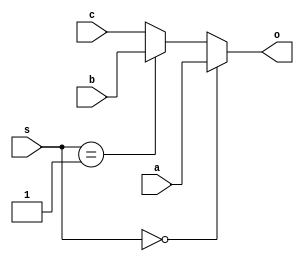
`timescale 1ns / 1ps
module mux (a, b, c,  s, o);
        input        a, b, c ;
        input  [1:0] s;
        output       o;
        reg          o;
        always @(a or b or c  or s)
        begin
           if (s == 2'b00)
              o = a;
           else if (s == 2'b01)
              o = b;
           else if (s == 2'b10)
              o = c;
			else 
			o=c;
        end
        endmodule